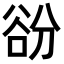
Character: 𧮱